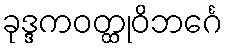
ခုဒ္ဒကဝတ္ထုဝိဘင်္ဂေ